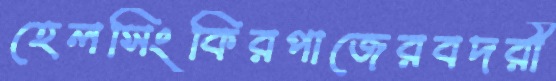
হেলসিংকিরপাজেরবদরী